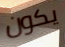
يكون